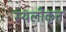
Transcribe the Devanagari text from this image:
स्थलीकृत